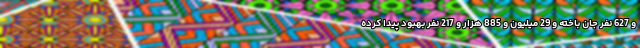
و 627 نفر جان باخته و 29 میلیون و 885 هزار و 217 نفر بهبود پیدا کرده